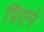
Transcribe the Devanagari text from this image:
प्रिएने